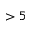
> 5